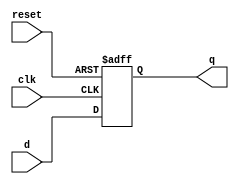
module asyncdff(d, clk, reset, q);
input d, clk, reset;
output q;
reg q;
always @ (posedge clk, negedge reset)
begin
if(reset == 1'b0)
q <= 1'b0;
else
q <= d;
end
endmodule